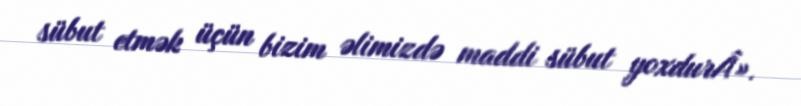
sübut etmək üçün bizim əlimizdə maddi sübut yoxdurÂ».